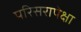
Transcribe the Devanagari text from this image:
परिसरापेक्षा